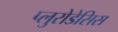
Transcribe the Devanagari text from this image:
प्लुरोडेसिस